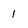
Character: 1